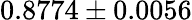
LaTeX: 0.8774\pm 0.0056